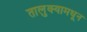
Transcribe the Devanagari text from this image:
तालुक्‍यामधून